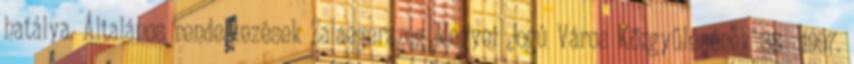
hatálya. Általános rendelkezések Zalaegerszeg Megyei Jogú Város Közgyűlésének 38 1997.